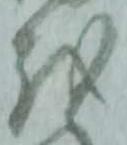
越